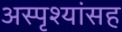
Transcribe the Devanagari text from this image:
अस्पृश्यांसह